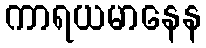
ကာရယမာနေန